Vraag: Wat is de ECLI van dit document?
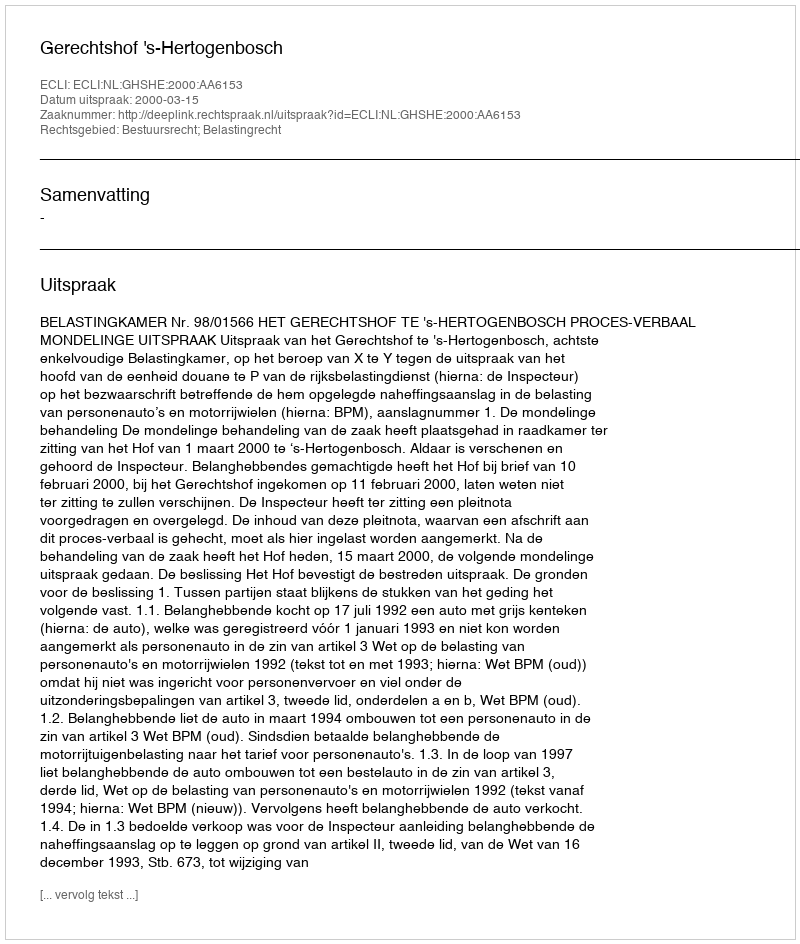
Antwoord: ECLI:NL:GHSHE:2000:AA6153